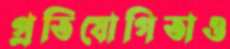
প্রতিযোগিতাও